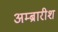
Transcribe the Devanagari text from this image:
अम्ब्रारीश